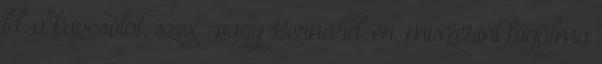
ld. a kapcsolat, szex , vagy Bernard-én, miszerint fogalma